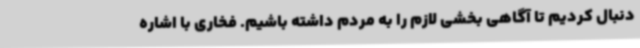
دنبال کردیم تا آگاهی بخشی لازم را به مردم داشته باشیم. فخاری با اشاره